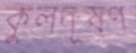
কুলদূষণ